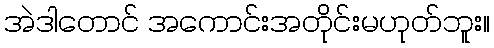
အဲဒါတောင် အကောင်းအတိုင်းမဟုတ်ဘူး။